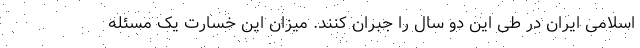
اسلامی ایران در طی این دو سال را جبران کنند. میزان این خسارت یک مسئله